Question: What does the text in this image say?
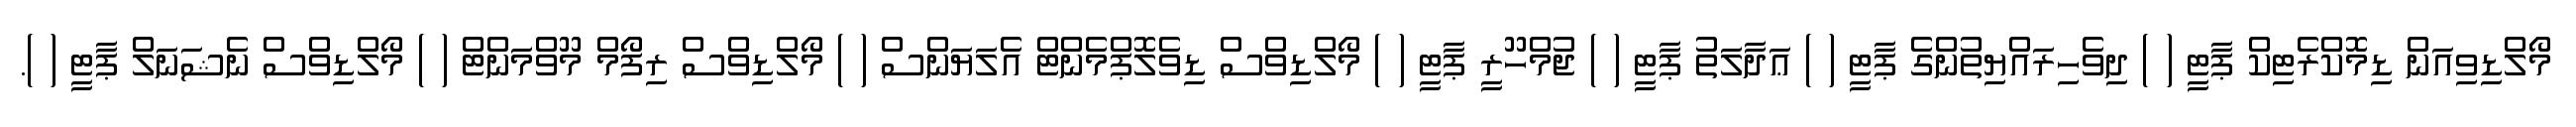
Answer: މޯލްޑިވިއަން ޑިމޮކްރެޓިކް ޕާޓީ ( ) ދިވެހިރައްޔިތުންގެ ޕާޓީ ( ) ޢަދާލަތު ޕާޓީ ( ) ޖުމްހޫރީ ޕާޓީ ( ) މޯލްޑިވްސް ޑިވެލޮޕްމެންޓް އެލަޔަންސް ( ) މޯލްޑިވްސް ރިފޯމް މޫވްމަންޓް ( ) މޯލްޑިވްސް ނެޝަނަލް ޕާޓީ ( ).